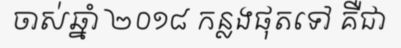
ចាស់ឆ្នាំ ២០១៨ កន្លងផុតទៅ គឺជា